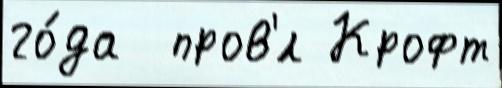
го́да  пров'́л Крофт